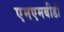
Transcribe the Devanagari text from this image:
एमएमबीडी